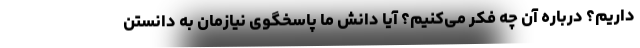
داریم؟ درباره آن چه فکر می‌کنیم؟ آیا دانش ما پاسخگوی نیازمان به دانستن